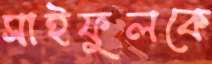
সাইফুলকে